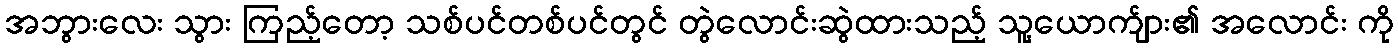
အဘွားလေး သွား ကြည့်တော့ သစ်ပင်တစ်ပင်တွင် တွဲလောင်းဆွဲထားသည့် သူ့ယောက်ျား၏ အလောင်း ကို